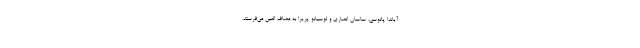
آیاندا پاتوسی، ساسان انصاری و لوسیانو پریرا به مصاف العین می‌فرستد.